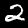
Label: 2